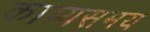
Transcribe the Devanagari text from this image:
काव्यसमय